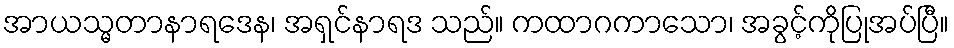
အာယသ္မတာနာရဒေန၊ အရှင်နာရဒ သည်။ ကထာဂကာသော၊ အခွင့်ကိုပြုအပ်ပြီ။